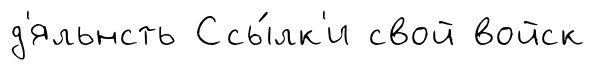
д'яльнсть Ссы́лк'и свой войск